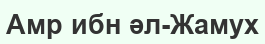
Амр ибн әл-Жамух